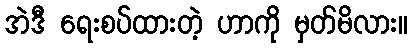
အဲဒီ ရေးစပ်ထားတဲ့ ဟာကို မှတ်မိလား။